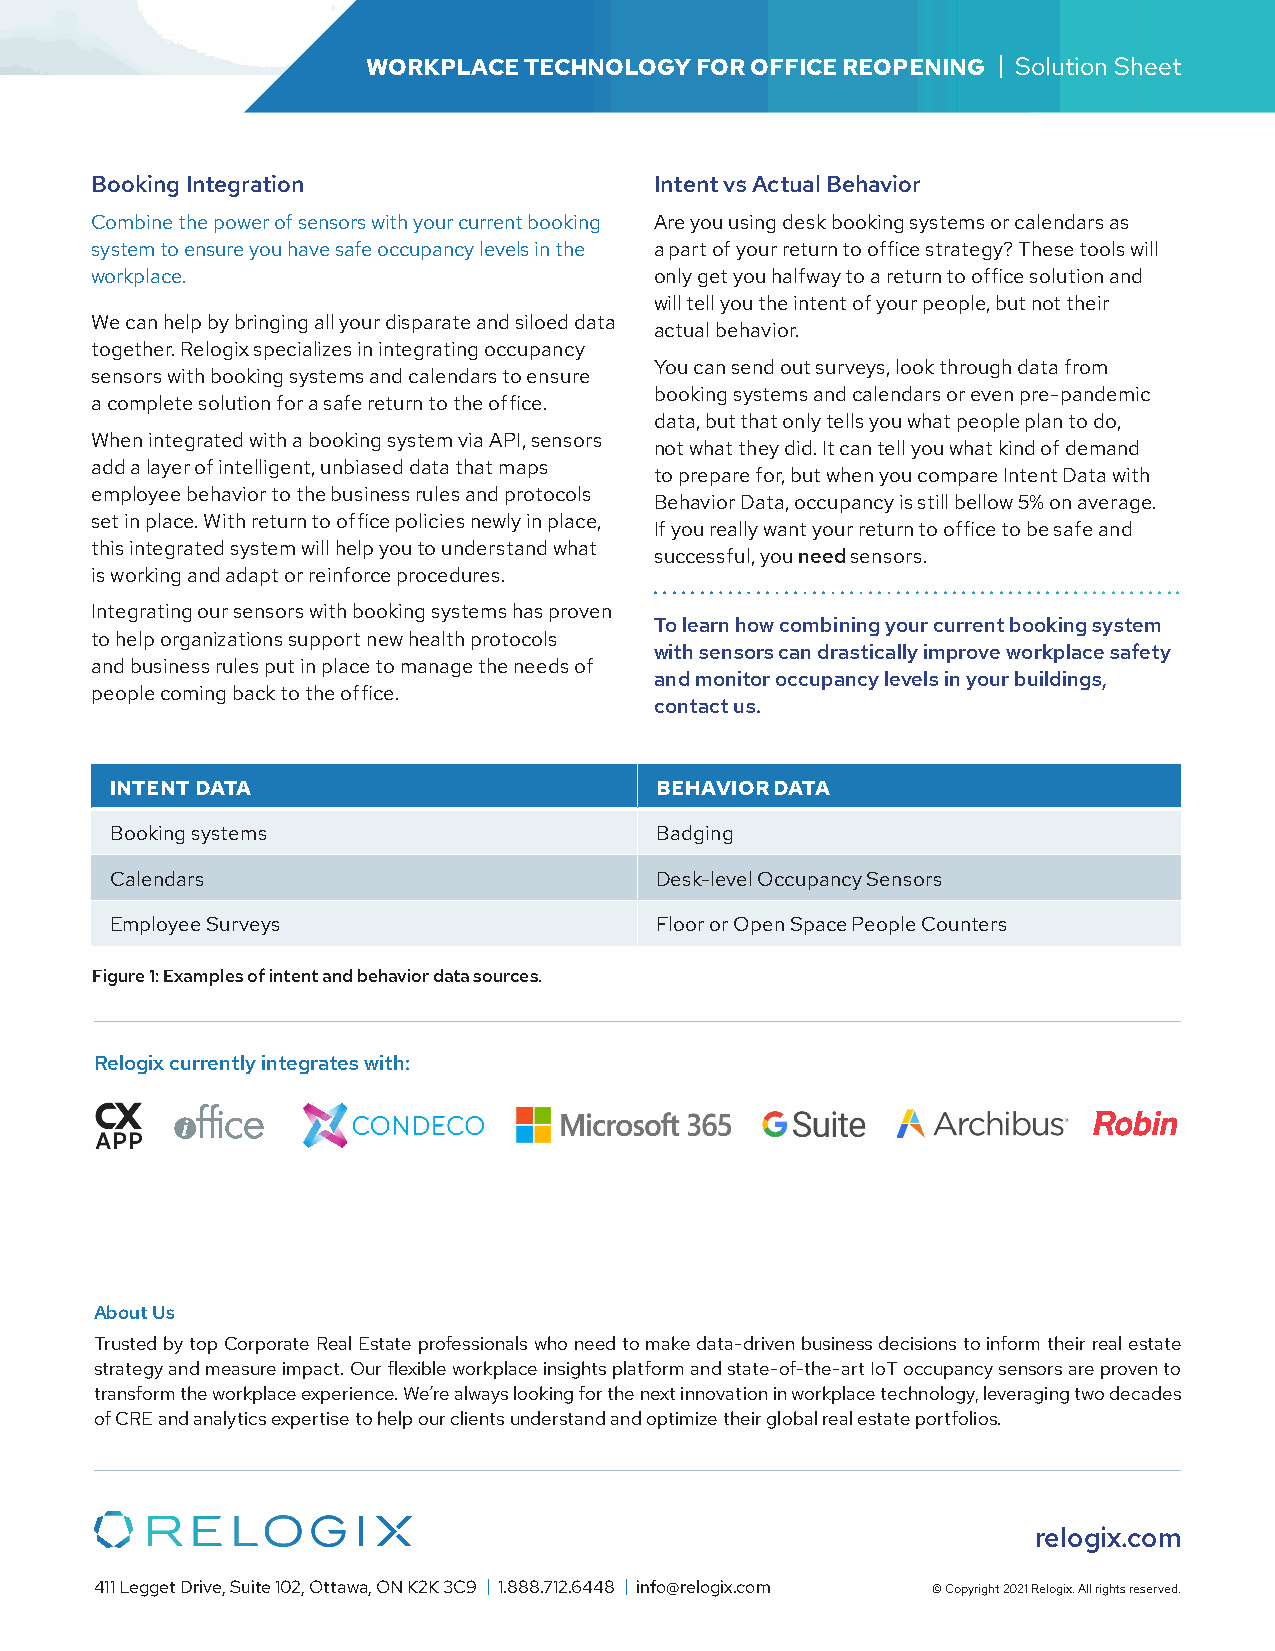
WORKPLACE  TECHNOLOGY FOR OFFICE REOPENING | Solution Sheet
 Booking Integration                  Intent vs Actual Behavior
 Combine the power of sensors with your current booking Are you using desk booking systems or calendars as
 system to ensure you have safe occupancy levels in the a part of your return to office strategy? These tools will
 workplace.                           only get you halfway to a return to office solution and
 will tell you the intent of your people, but not their
 We can help by bringing all your disparate and siloed data
 actual behavior.
 together. Relogix specializes in integrating occupancy
 You can send out surveys, look through data from
 sensors with booking systems and calendars to ensure
 booking systems and calendars or even pre-pandemic
 a complete solution for a safe return to the office.
 data, but that only tells you what people plan to do,
 When integrated with a booking system via API, sensors
 not what they did. It can tell you what kind of demand
 add a layer of intelligent, unbiased data that maps
 to prepare for, but when you compare Intent Data with
 employee behavior to the business rules and protocols
 Behavior Data, occupancy is still bellow 5% on average.
 set in place. With return to office policies newly in place,
 If you really want your return to office to be safe and
 this integrated system will help you to understand what
 successful, you need sensors.
 is working and adapt or reinforce procedures.
 Integrating our sensors with booking systems has proven
 To learn how combining your current booking system
 to help organizations support new health protocols
 with sensors can drastically improve workplace safety
 and business rules put in place to manage the needs of
 and monitor occupancy levels in your buildings,
 people coming back to the office.
 contact us.
 INTENT DATA                         BEHAVIOR DATA
 Booking systems                     Badging
 Calendars                           Desk-level Occupancy Sensors
 Employee Surveys                    Floor or Open Space People Counters
 Figure 1: Examples of intent and behavior data sources.
 Relogix currently integrates with:
 About Us
 Trusted by top Corporate Real Estate professionals who need to make data-driven business decisions to inform their real estate
 strategy and measure impact. Our flexible workplace insights platform and state-of-the-art IoT occupancy sensors are proven to
 transform the workplace experience. We’re always looking for the next innovation in workplace technology, leveraging two decades
 of CRE and analytics expertise to help our clients understand and optimize their global real estate portfolios.
 relogix.com
 411 Legget Drive, Suite 102, Ottawa, ON K2K 3C9 | 1.888.712.6448 | info@relogix.com © Copyright 2021 Relogix. All rights reserved.